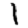
Digit: 1